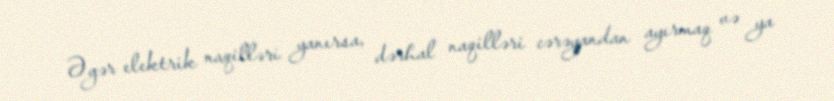
Əgər elektrik naqilləri yanırsa, dərhal naqilləri cərəyandan ayırmaq və ya